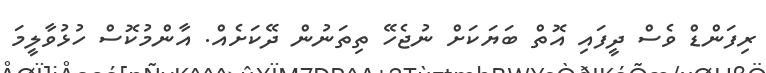
ރިފަންޑް ވެސް ދީފައި އޮތް ބަޔަކަށް ނުޖެހޭ ތިތަނުން ދޭކަށެއް. އާންމުކޮސް ހުޅުވާލީމަ